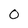
Character: 0